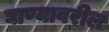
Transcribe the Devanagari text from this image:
घाण्यावरील